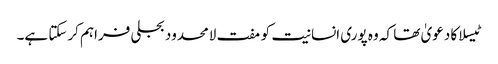
ٹیسلا کا دعویٰ تھا کہ وہ پوری انسانیت کو مفت لامحدود بجلی فراہم کرسکتا ہے۔